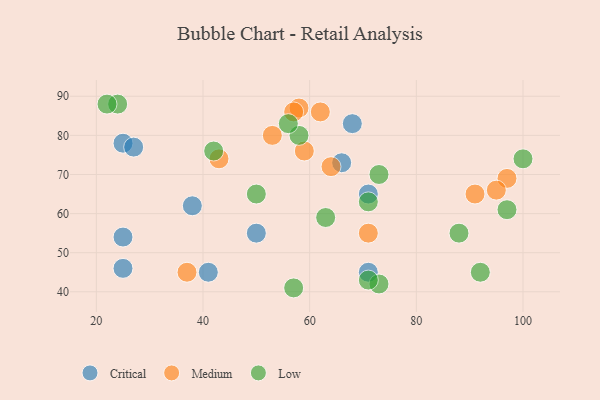
{"axis": {"x": "GDP", "y": "Life Expectancy"}, "legend": ["Critical", "Low", "Medium"], "data": [{"x": "38", "y": 62, "type": "Critical"}, {"x": "25", "y": 78, "type": "Critical"}, {"x": "68", "y": 83, "type": "Critical"}, {"x": "27", "y": 77, "type": "Critical"}, {"x": "25", "y": 54, "type": "Critical"}, {"x": "71", "y": 65, "type": "Critical"}, {"x": "25", "y": 46, "type": "Critical"}, {"x": "41", "y": 45, "type": "Critical"}, {"x": "50", "y": 55, "type": "Critical"}, {"x": "71", "y": 45, "type": "Critical"}, {"x": "66", "y": 73, "type": "Critical"}, {"x": "58", "y": 87, "type": "Medium"}, {"x": "91", "y": 65, "type": "Medium"}, {"x": "37", "y": 45, "type": "Medium"}, {"x": "59", "y": 76, "type": "Medium"}, {"x": "64", "y": 72, "type": "Medium"}, {"x": "62", "y": 86, "type": "Medium"}, {"x": "53", "y": 80, "type": "Medium"}, {"x": "97", "y": 69, "type": "Medium"}, {"x": "57", "y": 86, "type": "Medium"}, {"x": "71", "y": 55, "type": "Medium"}, {"x": "95", "y": 66, "type": "Medium"}, {"x": "43", "y": 74, "type": "Medium"}, {"x": "58", "y": 80, "type": "Low"}, {"x": "97", "y": 61, "type": "Low"}, {"x": "73", "y": 42, "type": "Low"}, {"x": "57", "y": 41, "type": "Low"}, {"x": "56", "y": 83, "type": "Low"}, {"x": "50", "y": 65, "type": "Low"}, {"x": "24", "y": 88, "type": "Low"}, {"x": "22", "y": 88, "type": "Low"}, {"x": "100", "y": 74, "type": "Low"}, {"x": "71", "y": 63, "type": "Low"}, {"x": "88", "y": 55, "type": "Low"}, {"x": "71", "y": 43, "type": "Low"}, {"x": "73", "y": 70, "type": "Low"}, {"x": "63", "y": 59, "type": "Low"}, {"x": "92", "y": 45, "type": "Low"}, {"x": "42", "y": 76, "type": "Low"}]}